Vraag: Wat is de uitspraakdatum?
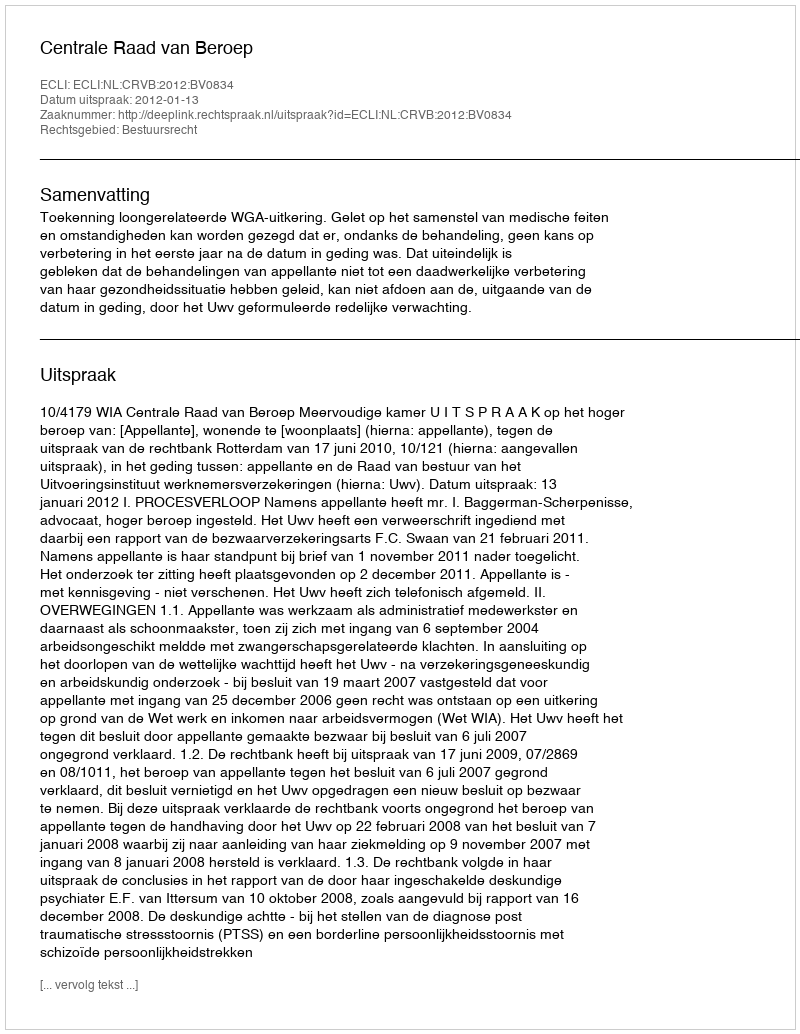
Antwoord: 2012-01-13